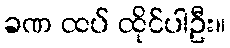
ခဏ ထပ် ထိုင်ပါဦး။